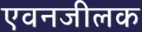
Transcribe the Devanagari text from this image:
एवनजीलक